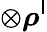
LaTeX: \otimes{\boldsymbol{\rho}}^{\mathsf{l}}